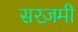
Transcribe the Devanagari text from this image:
सरज़मी